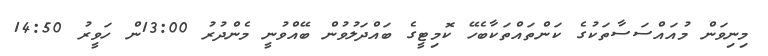
މިނިވަން މުއައްސަސާތަކުގެ ކަންތައްތަކާބެހޭ ކޮމިޓީގެ ބައްދަލުވުން ބޭއްވުނީ މެންދުރު 13:00ން ހަވީރު 14:50